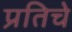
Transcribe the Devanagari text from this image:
प्रतिचे